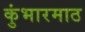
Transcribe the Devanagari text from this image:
कुंभारमाठ